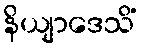
နိယျာဒေသိံ